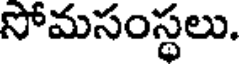
సోమసంస్థలు.